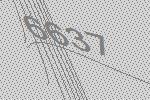
6637